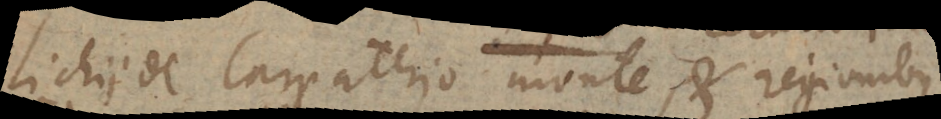
lichii de Carpathio monte, et regionibus